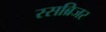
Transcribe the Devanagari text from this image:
रसब्रिजर